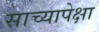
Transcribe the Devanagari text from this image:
साच्यापेक्षा